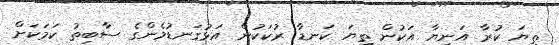
ތިޔަ ކުރާ އަނިޔާ އަކުން ތިޔަ ކަނޑާ ރުކަކުން އަޅުގަނޑުމެންގެ ސާބިތު ކަމަކަށް